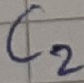
Text: C2